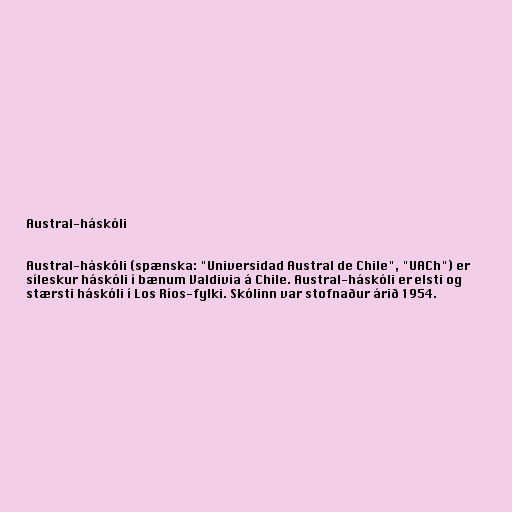
Austral-háskóli

Austral-háskóli (spænska: "Universidad Austral de Chile", "UACh") er
síleskur háskóli í bænum Valdivia á Chile. Austral-háskóli er elsti og
stærsti háskóli í Los Ríos-fylki. Skólinn var stofnaður árið 1954.